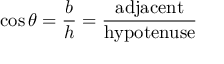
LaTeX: \cos \theta = { \frac { b } { h } } = { \frac { \mathrm { a d j a c e n t } } { \mathrm { h y p o t e n u s e } } }